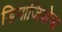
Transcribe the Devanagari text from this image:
डिमाजियोचा